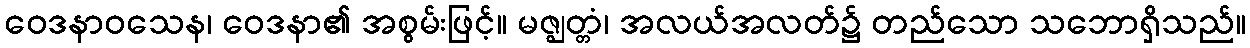
ဝေဒနာဝသေန၊ ဝေဒနာ၏ အစွမ်းဖြင့်။ မဇ္ဈတ္တံ၊ အလယ်အလတ်၌ တည်သော သဘောရှိသည်။